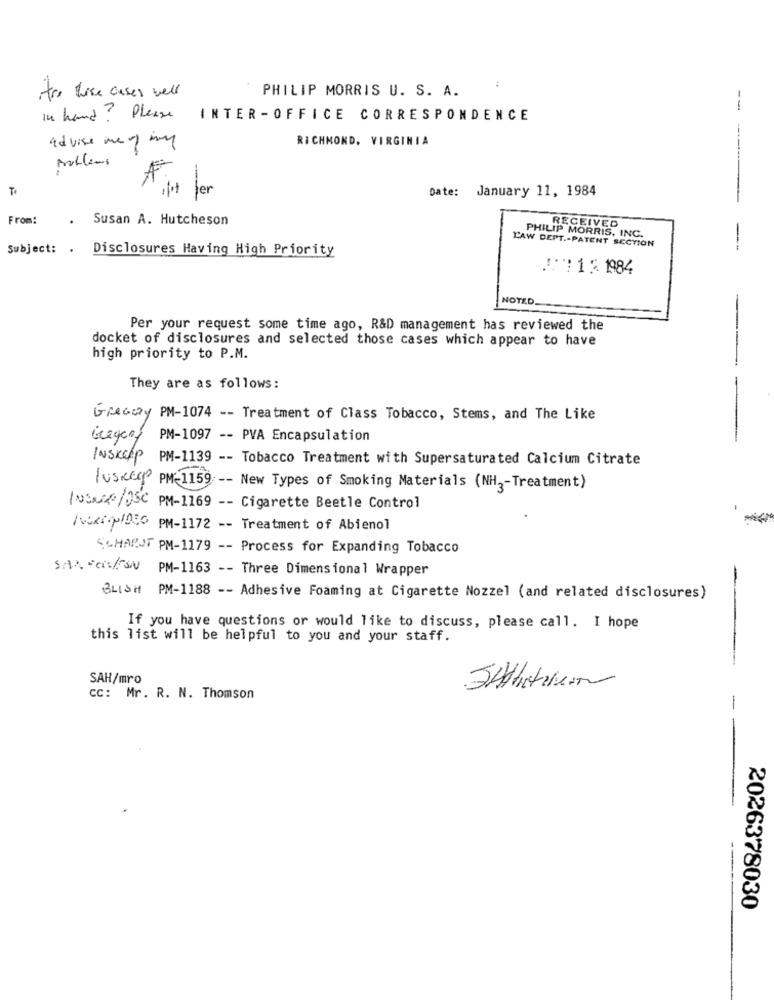
tre hice cases wel
PHILIP MORRIS U. S. A.
in hand? Please INTER-OFFICE CORRESPONDENCE
advise me of ing
RICHMOND, VIRGINIA
Anullens
fer
Date: January 11, 1984
------
From:
. Susan A. Hutcheson
RECEIVED
LAW DEPT .- PATENT SECTION
PHILIP MORRIS, INC.
Subject: .
Disclosures Having High Priority
--
: 13 1984
NOTED
Per your request some time ago, R&D management has reviewed the
docket of disclosures and selected those cases which appear to have
high priority to P.M.
They are as follows:
Greatly PM-1074 -- Treatment of Class Tobacco, Stems, and The Like
Gregory PM-1097 -- PVA Encapsulation
INSKCAP PM-1139 -- Tobacco Treatment with Supersaturated Calcium Citrate
luskerp PM-1159 -- New Types of Smoking Materials (NH2-Treatment)
INSULP/05C PM-1169 -- Cigarette Beetle Control
/voxtop1080 PM-1172 -- Treatment of Abienol
SCHARUT PM-1179 -- Process for Expanding Tobacco
SAR cos/FSN PM-1163 -- Three Dimensional Wrapper
BLISH PM-1188 -- Adhesive Foaming at Cigarette Nozzel (and related disclosures)
If you have questions or would like to discuss, please call. I hope
this list will be helpful to you and your staff.
SAH/mro
CC: Mr. R. N. Thomson
-
--
2026378030